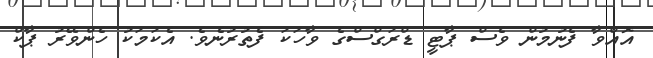
އޮއްވާ ފެނުމުން ވެސް ޕާޓީ ޑްރަގްސްގެ ވާހަކަ ފެތުރުނެވެ. އެކަމަކު ހެންވޭރު ޕާކް